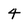
Character: 4